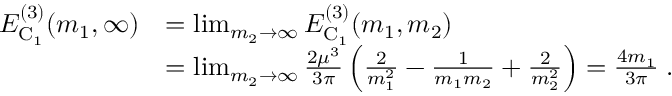
\begin{array} { r l } { E _ { \mathrm { C } _ { 1 } } ^ { ( 3 ) } ( m _ { 1 } , \infty ) } & { = \operatorname* { l i m } _ { m _ { 2 } \rightarrow \infty } E _ { \mathrm { C } _ { 1 } } ^ { ( 3 ) } ( m _ { 1 } , m _ { 2 } ) } \\ & { = \operatorname* { l i m } _ { m _ { 2 } \rightarrow \infty } \frac { 2 \mu ^ { 3 } } { 3 \pi } \left( \frac { 2 } { m _ { 1 } ^ { 2 } } - \frac { 1 } { m _ { 1 } m _ { 2 } } + \frac { 2 } { m _ { 2 } ^ { 2 } } \right) = \frac { 4 m _ { 1 } } { 3 \pi } \; . } \end{array}